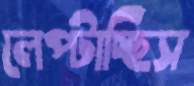
লেপ্‌টাচ্ছিস